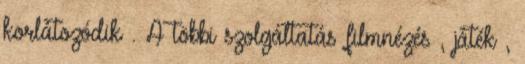
korlátozódik . A többi szolgáltatás filmnézés , játék ,